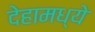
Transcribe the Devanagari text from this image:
देहामध्ये